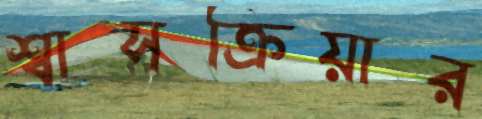
শ্বাসক্রিয়ার